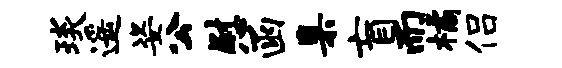
琰遥姿公慰函臬盲而橘侣